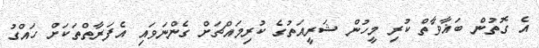
އެ ގޮތުން ބަޣާވާތް ކުރި މީހުން ޝަރީއަތުގެ ކުރިމައްޗަށް ގެންނަވައި އެފަރާތްތަކަށް ހައްގު